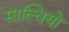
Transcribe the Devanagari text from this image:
साल्वियो